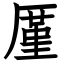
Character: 厪